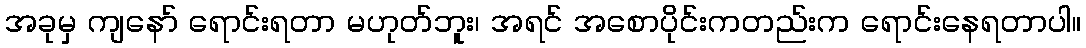
အခုမှ ကျနော် ရောင်းရတာ မဟုတ်ဘူး၊ အရင် အစောပိုင်းကတည်းက ရောင်းနေရတာပါ။